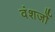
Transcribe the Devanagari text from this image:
वंशजोँ